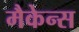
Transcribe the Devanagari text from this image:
मैकेन्स